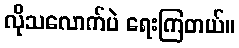
လိုသလောက်ပဲ ရေးကြတယ်။